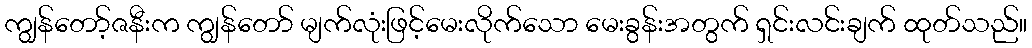
ကျွန်တော့်ဇနီးက ကျွန်တော် မျက်လုံးဖြင့်မေးလိုက်သော မေးခွန်းအတွက် ရှင်းလင်းချက် ထုတ်သည်။